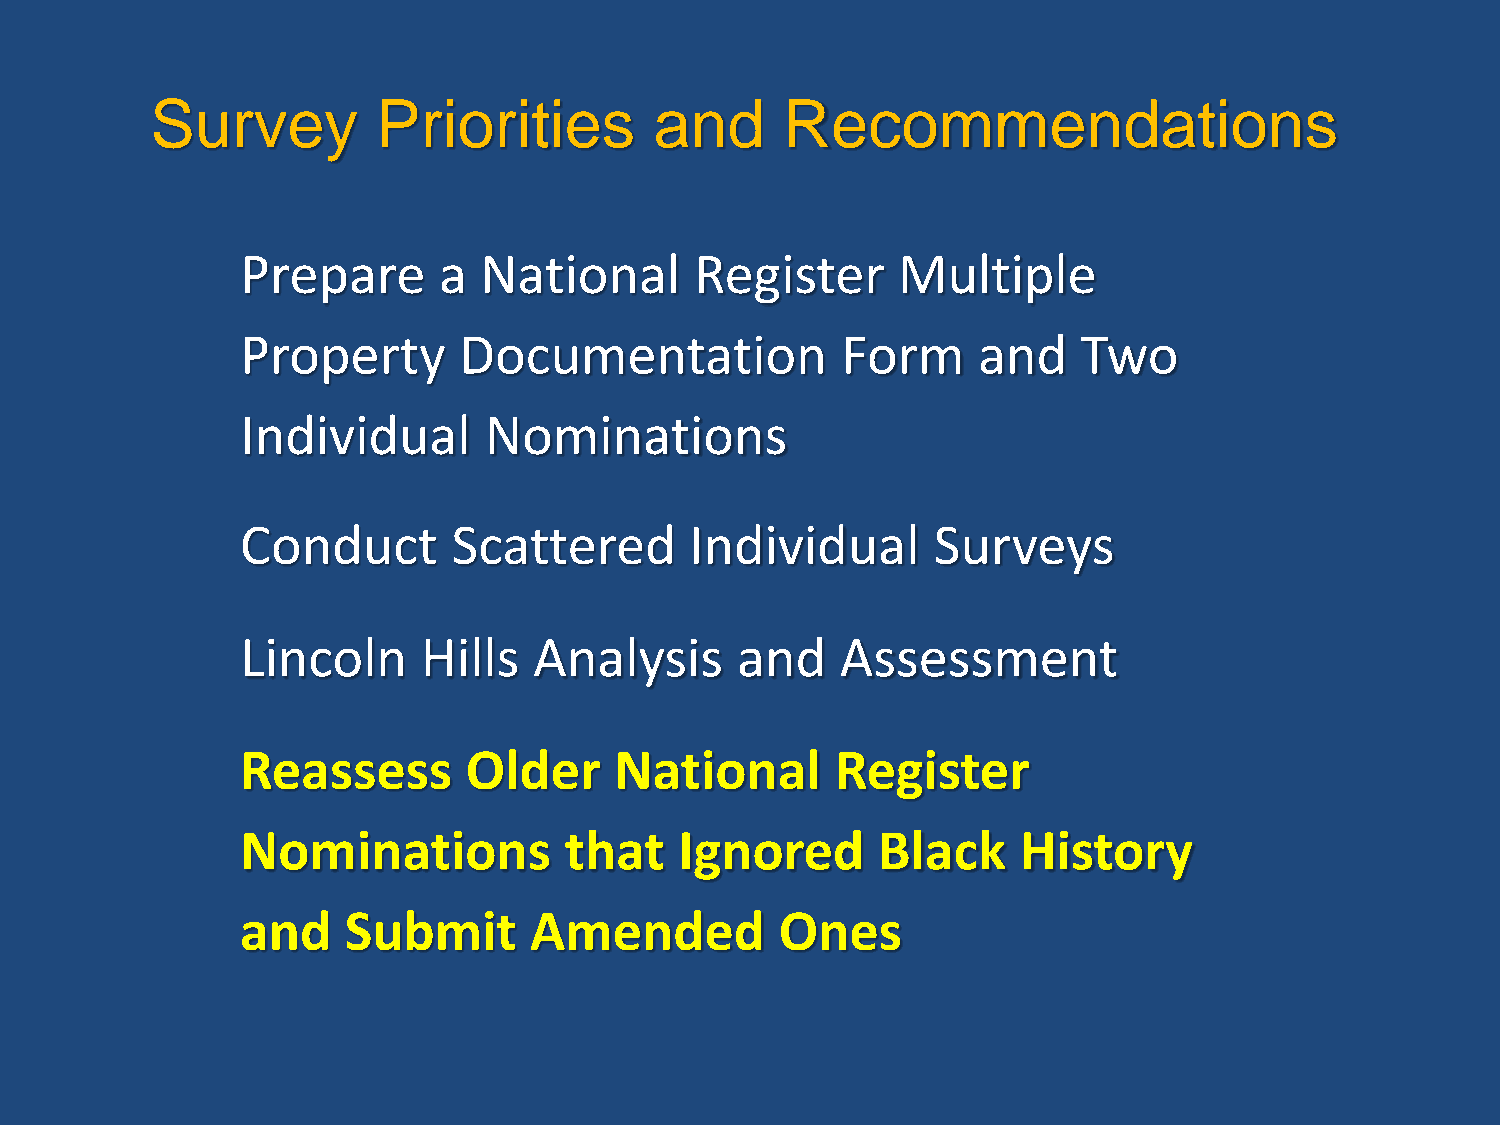
Survey         Priorities        and      Recommendations
 Prepare      a  National      Register     Multiple
 Property      Documentation             Form     and    Two
 Individual      Nominations
 Conduct       Scattered       Individual      Surveys
 Lincoln     Hills  Analysis      and    Assessment
 Reassess       Older     National      Register
 Nominations          that    Ignored      Black     History
 and    Submit      Amended          Ones